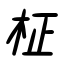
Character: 柾